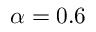
\alpha = 0 . 6